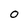
Character: 0